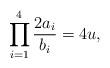
LaTeX: \begin{align*} \prod_{i=1}^4 \frac{2a_i}{b_i} = 4u, \end{align*}